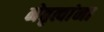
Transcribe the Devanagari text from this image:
नेतृत्वांना